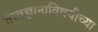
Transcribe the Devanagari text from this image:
तत्त्वज्ञानाविषयीच्या